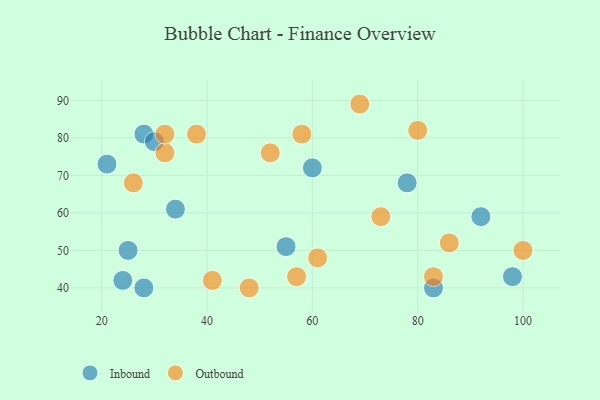
{"axis": {"x": "GDP", "y": "Life Expectancy"}, "legend": ["Inbound", "Outbound"], "data": [{"x": "24", "y": 42, "type": "Inbound"}, {"x": "21", "y": 73, "type": "Inbound"}, {"x": "83", "y": 40, "type": "Inbound"}, {"x": "55", "y": 51, "type": "Inbound"}, {"x": "25", "y": 50, "type": "Inbound"}, {"x": "34", "y": 61, "type": "Inbound"}, {"x": "28", "y": 81, "type": "Inbound"}, {"x": "98", "y": 43, "type": "Inbound"}, {"x": "30", "y": 79, "type": "Inbound"}, {"x": "78", "y": 68, "type": "Inbound"}, {"x": "60", "y": 72, "type": "Inbound"}, {"x": "28", "y": 40, "type": "Inbound"}, {"x": "92", "y": 59, "type": "Inbound"}, {"x": "48", "y": 40, "type": "Outbound"}, {"x": "57", "y": 43, "type": "Outbound"}, {"x": "52", "y": 76, "type": "Outbound"}, {"x": "61", "y": 48, "type": "Outbound"}, {"x": "26", "y": 68, "type": "Outbound"}, {"x": "80", "y": 82, "type": "Outbound"}, {"x": "100", "y": 50, "type": "Outbound"}, {"x": "38", "y": 81, "type": "Outbound"}, {"x": "69", "y": 89, "type": "Outbound"}, {"x": "32", "y": 76, "type": "Outbound"}, {"x": "86", "y": 52, "type": "Outbound"}, {"x": "58", "y": 81, "type": "Outbound"}, {"x": "73", "y": 59, "type": "Outbound"}, {"x": "32", "y": 81, "type": "Outbound"}, {"x": "83", "y": 43, "type": "Outbound"}, {"x": "41", "y": 42, "type": "Outbound"}]}